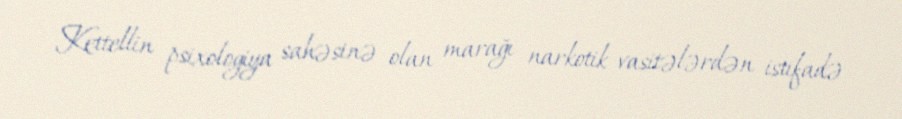
Kettellin psixologiya sahəsinə olan marağı narkotik vasitələrdən istifadə